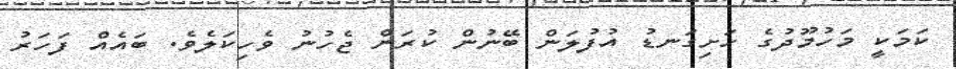
ކަމަކީ މަހުމޫދުގެ ހަށިގަނޑު އުފުލަން ބޭނުން ކުރަން ޖެހުނު ވެހިކަލެވެ. ބައެއް ފަހަރު